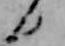
日